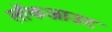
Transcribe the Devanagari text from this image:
लॉकआउट